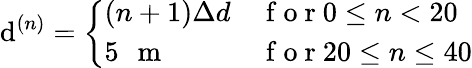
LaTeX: \mathrm{d}^{(n)}=\left\{ \begin{array}{ll}{(n+1)\Delta d}&{\mathrm{~f~o~r~}0\leq n<20}\\ {5\mathrm{~\, ~m~}}&{\mathrm{~f~o~r~}20\leq n\leq 40}\end{array}\right.